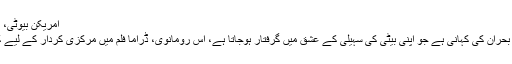
امریکن بیوٹی، 1999 (American Beauty)
یہ ایک ایسے باپ کی زندگی کے بحران کی کہانی ہے جو اپنی بیٹی کی سہیلی کے عشق میں گرفتار ہوجاتا ہے، اس رومانوی، ڈراما فلم میں مرکزی کردار کے لیے کیون اسپیسی کا انتخاب کیا گیا تھا۔